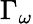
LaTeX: \Gamma_{\omega}